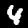
Label: 4